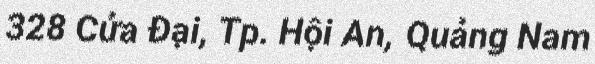
328 Cửa Đại, Tp. Hội An, Quảng Nam